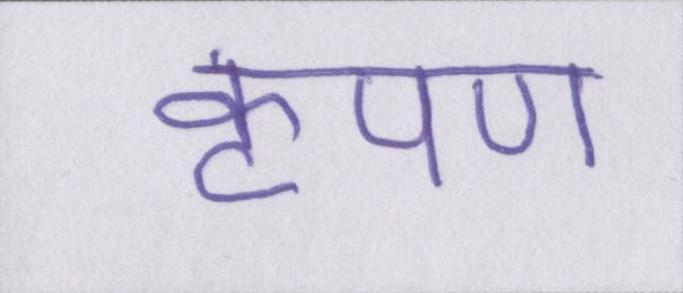
कृपण